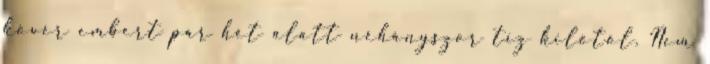
kövér embert pár hét alatt néhányszor tíz kilótól. Nem